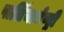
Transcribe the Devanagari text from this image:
पार्लियामेण्ट्री